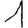
Digit: 1